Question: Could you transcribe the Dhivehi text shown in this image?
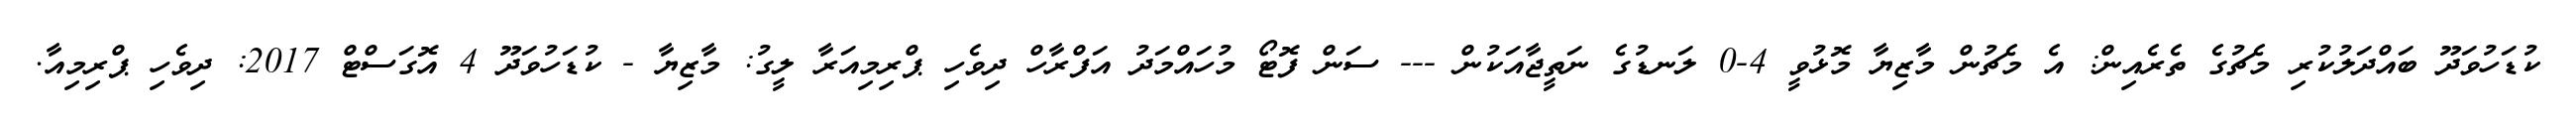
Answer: ކުޑަހުވަދޫ ބައްދަލުކުރި މެޗުގެ ތެރެއިން: އެ މެޗުން މާޒިޔާ މޮޅުވީ 4-0 ލަނޑުގެ ނަތީޖާއަކުން --- ސަން ފޮޓޯ މުހައްމަދު އަފްރާހް ދިވެހި ޕްރިމިއަރާ ލީގު: މާޒިޔާ - ކުޑަހުވަދޫ 4 އޮގަސްޓް 2017: ދިވެހި ޕްރިމިއާ.